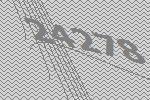
24278